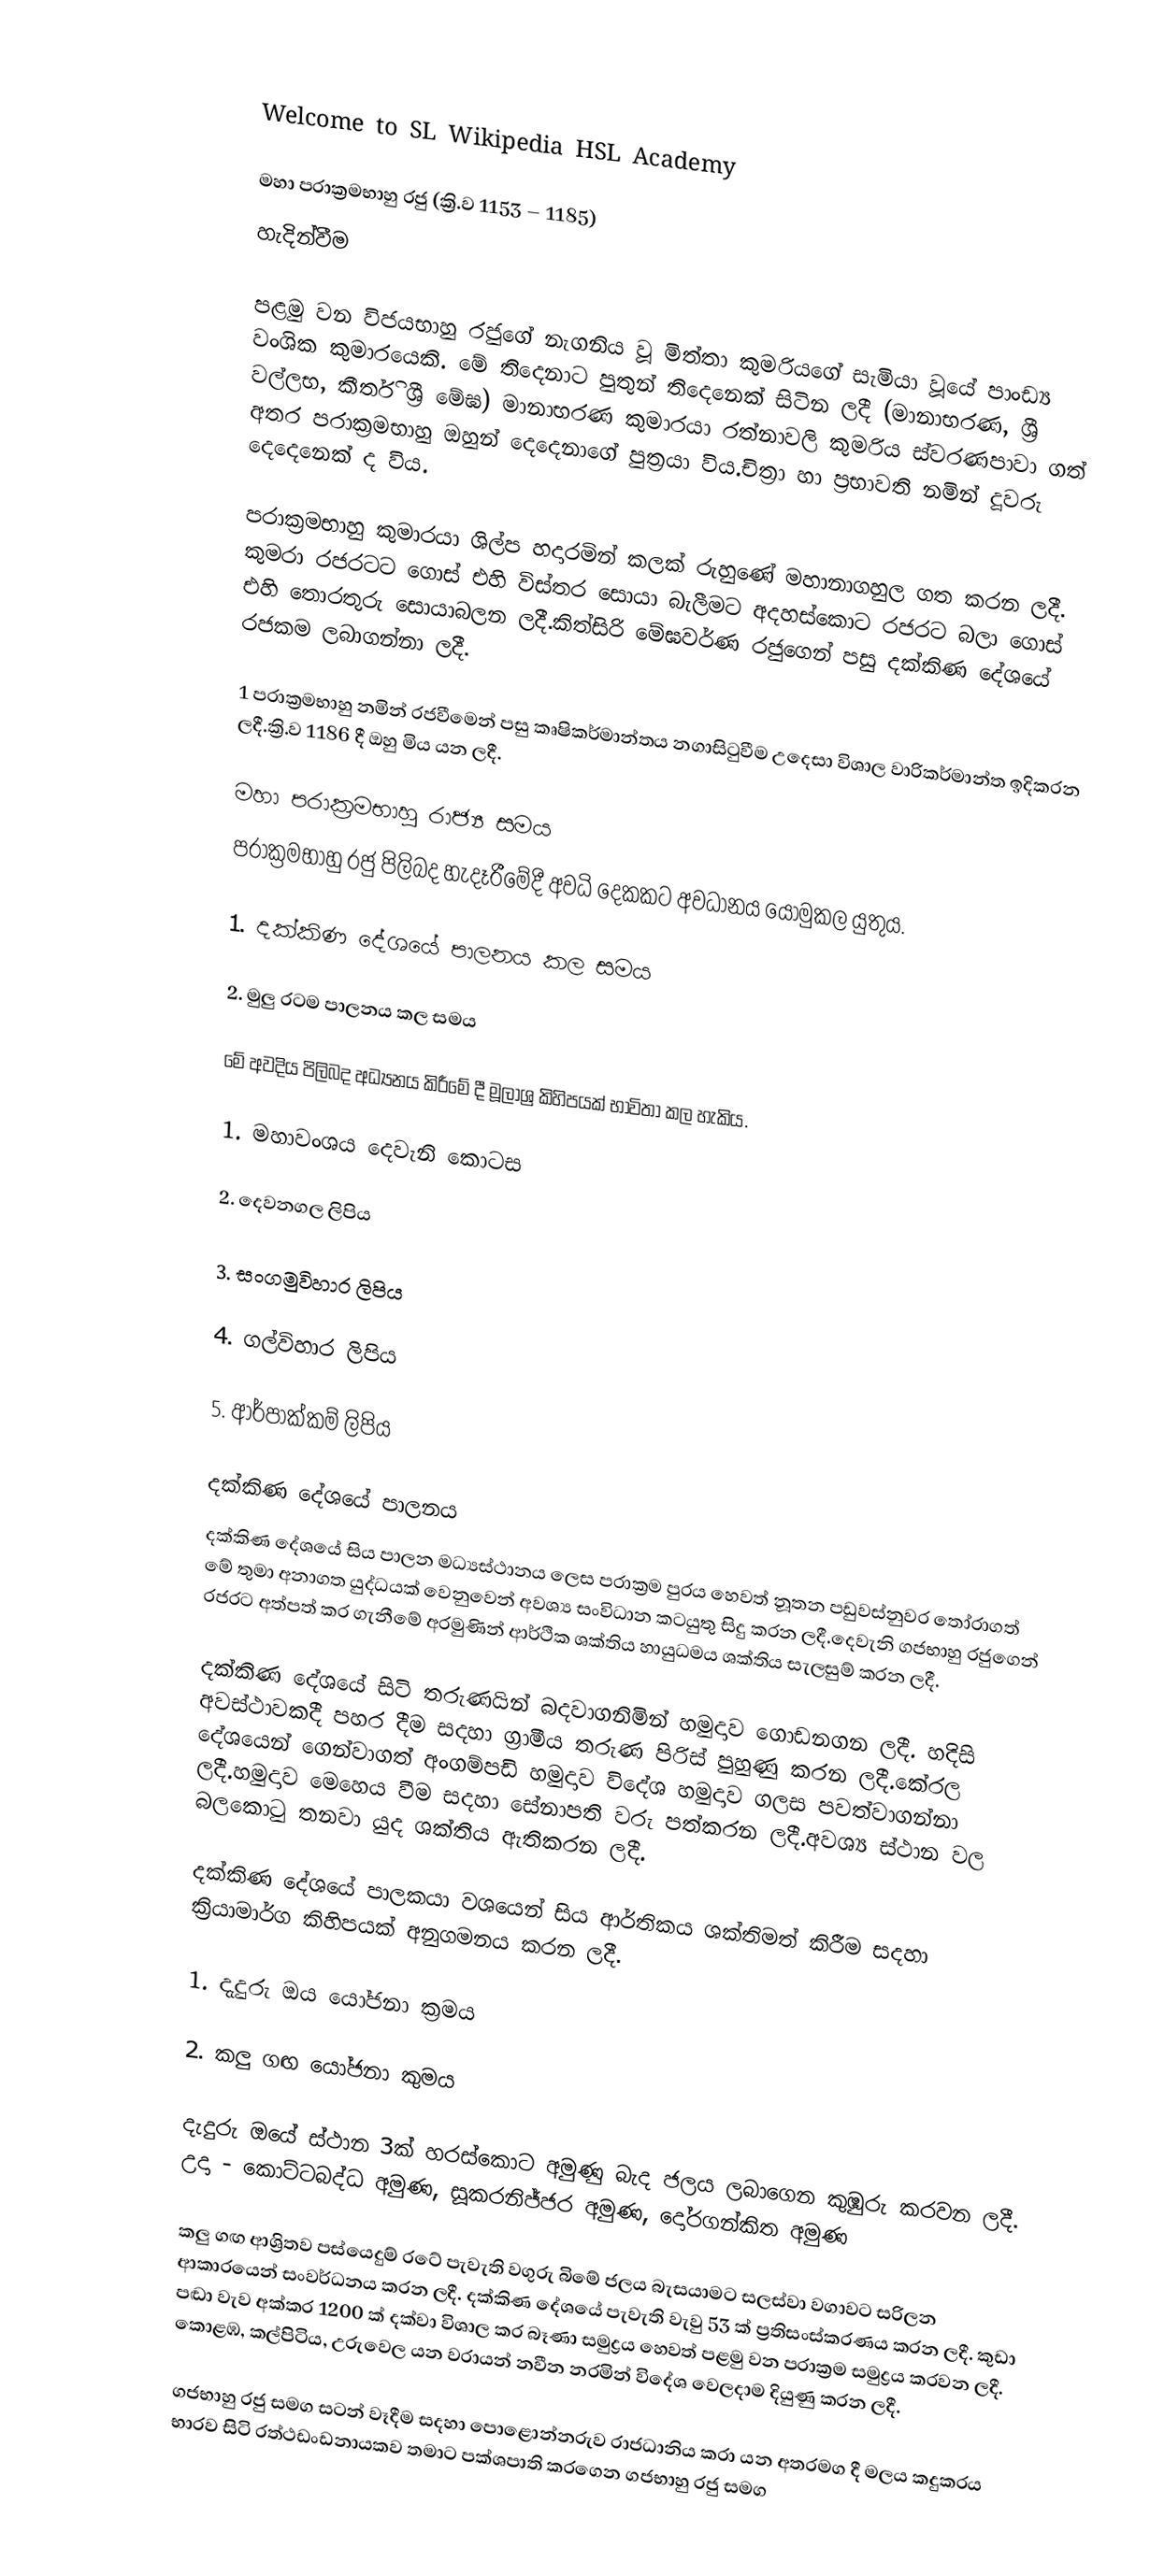

Welcome to SL Wikipedia      HSL Academy

මහා පරාක්‍රමභාහු රජු (ක්‍රි.ව 1153 – 1185)
හැදින්වීම

පළමු වන විජයභාහු රජුගේ නැගනිය වූ මිත්තා කුමරියගේ සැමියා වූයේ පාංඩ්‍ය වංශික කුමාරයෙකි. මේ තිදෙනාට පුතුන් තිදෙනෙක් සිටින ලදී (මානාභරණ, ශ්‍රී වල්ලභ, කීර්ති ශ්‍රී මේඝ) මානාභරණ කුමාරයා රත්නාවලි කුමරිය ස්වරණපාවා ගත් අතර පරාක්‍රමභාහු ඔහුන් දෙදෙනාගේ පුත්‍රයා විය.චිත්‍රා හා ප්‍රභාවති නමින් දූවරු දෙදෙනෙක් ද විය.

පරාක්‍රමභාහු කුමාරයා ශිල්ප හදාරමින් කලක් රුහුණේ මහානාගහුල ගත කරන ලදී. කුමරා රජරටට ගොස් එහි විස්තර සොයා බැලීමට අදහස්කොට රජරට බලා ගොස් එහි තොරතුරු සොයාබලන ලදී.කිත්සිරි මේඝවර්ණ රජුගෙන් පසු දක්කිණ දේශයේ රජකම ලබාගන්නා ලදී.

1 පරාක්‍රමභාහු නමින් රජවීමෙන් පසු කෘෂිකර්මාන්තය නගාසිටුවීම උදෙසා විශාල වාරිකර්මාන්ත ඉදිකරන ලදී.ක්‍රි.ව 1186 දී ඔහු මිය යන ලදී.

මහා පරාක්‍රමභාහු රාජ්‍ය සමය
පරාක්‍රමභාහු රජු පිලිබද හැදෑරීමේදී අවධි දෙකකට අවධානය යොමුකල යුතුය.

1.   දක්කිණ දේශයේ පාලනය කල සමය

2.   මුලු රටම පාලනය කල සමය

මේ අවදිය පිලිබද අධ්‍යනය කිරීමේ දී මූලාශ්‍ර කිහිපයක් භාවිතා කල හැකිය.

1.   මහාවංශය දෙවැනි කොටස

2.   දෙවනගල ලිපිය

3.   සංගමුවිහාර ලිපිය

4.   ගල්විහාර ලිපිය

5.   ආර්පාක්කම් ලිපිය

දක්කිණ දේශයේ පාලනය
දක්කිණ දේශයේ සිය පාලන මධ්‍යස්ථානය ලෙස ‍පරාක්‍රම පුරය හෙවත් නූතන පඩුවස්නුවර තෝරාගත් මේ තුමා අනාගත යුද්ධයක් වෙනුවෙන් අවශ්‍ය සංවිධාන කටයුතු සිදු කරන ලදී.දෙවැනි ගජභාහු රජුගෙන් රජරට අත්පත් කර ගැනීමේ අරමුණින් ආර්ථික ශක්තිය හායුධමය ශක්තිය සැලසුම් කරන ලදී.

දක්කිණ දේශයේ සිටි තරුණයින් බදවාගනිමින් හමුදාව ගොඩනගන ලදී. හදිසි අවස්ථාවකදී පහර දීම සදහා ග්‍රාමීය තරුණ පිරිස් පුහුණු කරන ලදී.කේරල දේශයෙන් ගෙන්වාගත් අංගම්පඩි හමුදාව විදේශ හමුදාව ගලස පවත්වාගන්නා ලදී.හමුදාව මෙහෙය වීම සදහා සේනාපති වරු පත්කරන ලදී.අවශ්‍ය ස්ථාන වල බලකොටු තනවා යුද ශක්තිය ඇතිකරන ලදී.

දක්කිණ‍ දේශයේ පාලකයා වශයෙන් සිය ආර්තිකය ශක්තිමත් කිරීම සදහා ක්‍රියාමාර්ග කිහිපයක් අනුගමනය කරන ලදී.

1.   දැදුරු ඔය යෝජනා ක්‍රමය

2.   කලු ගඟ යෝජනා කුමය

දැදුරු ඔයේ ස්ථාන 3ක් හරස්කොට අමුණු බැද ජලය ලබාගෙන කුඹුරු කරවන ලදී. උදා - කොට්ටබද්ධ අමුණ, සූකරනිජ්ජර අමුණ, දෝරගන්කිත අමුණ

කලු ගඟ ආශ්‍රිතව පස්යෙදුම් රටේ පැවැති වගුරු බිමේ ජලය බැසයාමට සලස්වා වගාවට සරිලන ආකාරයෙන් සංවර්ධනය කරන ලදී. දක්කිණ දේශයේ පැවැති වැවු 53 ක් ප්‍රතිසංස්කරණය කරන ලදී. කුඩා පඬා වැව අක්කර 1200 ක් දක්වා විශාල කර බෑණා සමුද්‍රය හෙවත් පළමු වන පරාක්‍රම සමුද්‍රය කරවන ලදී. කොළඹ, කල්පිටිය, උරුවෙල යන වරායන් නවීන නරමින් විදේශ වෙලදාම දියුණු කරන ලදී.

ගජභාහු රජු සමග සටන් වෑදීම සදහා ‍පොළොන්නරුව රාජධානිය කරා යන අතරමග දී මලය කදුකරය භාරව සිටි රත්ථඩංඩනායකව තමාට පක්ශපාති කරගෙන ගජභාහු රජු සමග